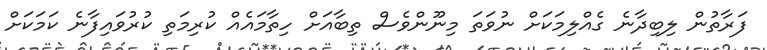
ފަރާތުން ލިބިދާނެ ގެއްލިމަކަށް ނުވަތަ މިނޫންވެސް ތިބާއަށް ހިތާމައެއް ކުރިމަތި ކުރުވައިފާނެ ކަމަކަށް